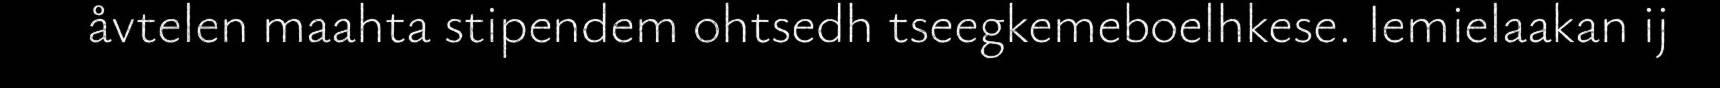
åvtelen maahta stipendem ohtsedh tseegkemeboelhkese. Iemielaakan ij